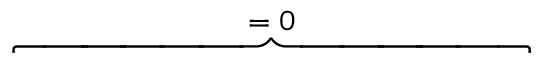
\overbrace { \phantom { \left. \sum _ { k = 1 } ^ { 3 } \sum _ { i = 1 } ^ { 2 } \sum _ { p = 1 } ^ { P _ { k } ^ { ( i ) } } 2 ( \mathrm { d } _ { \rho } \kappa ^ { ( i ) } ) \tilde { E } _ { k } \Re \left\{ Q _ { p , k } ^ { ( i ) } \right\} \right| _ { 0 } ^ { T } } } ^ { = \; 0 }